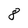
Character: 8